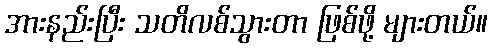
အားနည်းပြီး သတိလစ်သွားတာ ဖြစ်ဖို့ များတယ်။